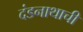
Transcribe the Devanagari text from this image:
दंडनाथाची